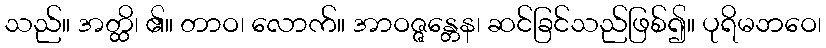
သည်။ အတ္ထိ၊ ၏။ တာဝ၊ လောက်။ အာဝဇ္ဇန္တေန၊ ဆင်ခြင်သည်ဖြစ်၍။ ပုရိမဘဝေ၊